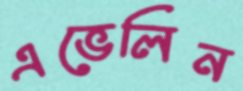
এভেলিন